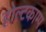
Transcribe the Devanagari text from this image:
होल्टकाम्प